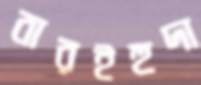
বারইহুদা